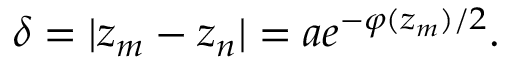
\delta = | z _ { m } - z _ { n } | = a e ^ { - \varphi ( z _ { m } ) / 2 } .